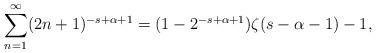
LaTeX: \begin{align*}\sum_{n=1}^\infty (2n+1)^{-s+\alpha+1}=(1-2^{-s+\alpha+1})\zeta(s-\alpha-1)-1,\end{align*}